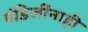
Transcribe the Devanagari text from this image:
पंडिजींनाही